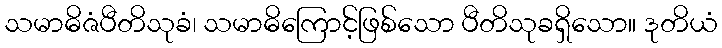
သမာဓိဇံပီတိသုခံ၊ သမာဓိကြောင့်ဖြစ်သော ပီတိသုခရှိသော။ ဒုတိယံ